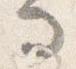
寺